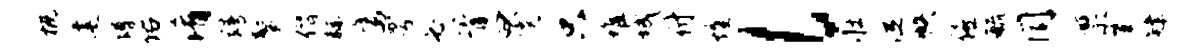
概建蹲佑淆靖鳌僭赫鹰雩必胥曰霓只堆城付煌l壮泣帙僖毓同禀肇肄